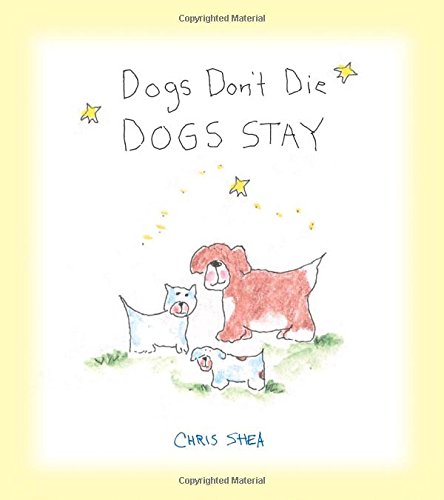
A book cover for Dogs Don't Die Dogs Stay; Chris Shea; Crafts, Hobbies & Home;